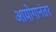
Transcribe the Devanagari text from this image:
आयोगानंतर